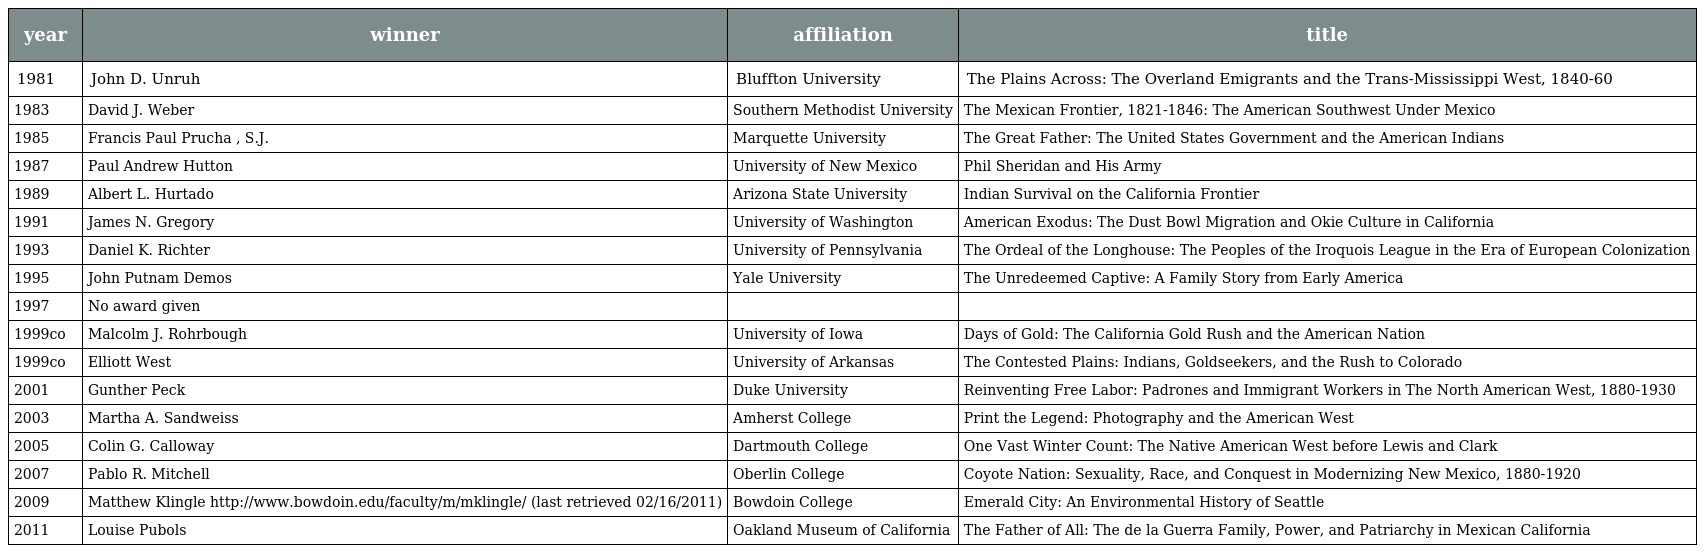
| year | winner | affiliation | title |
 | --- | --- | --- | --- |
 | 1981 | John D. Unruh | Bluffton University | The Plains Across: The Overland Emigrants and the Trans-Mississippi West, 1840-60 |
 | 1983 | David J. Weber | Southern Methodist University | The Mexican Frontier, 1821-1846: The American Southwest Under Mexico |
 | 1985 | Francis Paul Prucha , S.J. | Marquette University | The Great Father: The United States Government and the American Indians |
 | 1987 | Paul Andrew Hutton | University of New Mexico | Phil Sheridan and His Army |
 | 1989 | Albert L. Hurtado | Arizona State University | Indian Survival on the California Frontier |
 | 1991 | James N. Gregory | University of Washington | American Exodus: The Dust Bowl Migration and Okie Culture in California |
 | 1993 | Daniel K. Richter | University of Pennsylvania | The Ordeal of the Longhouse: The Peoples of the Iroquois League in the Era of European Colonization |
 | 1995 | John Putnam Demos | Yale University | The Unredeemed Captive: A Family Story from Early America |
 | 1997 | No award given |  |  |
 | 1999co | Malcolm J. Rohrbough | University of Iowa | Days of Gold: The California Gold Rush and the American Nation |
 | 1999co | Elliott West | University of Arkansas | The Contested Plains: Indians, Goldseekers, and the Rush to Colorado |
 | 2001 | Gunther Peck | Duke University | Reinventing Free Labor: Padrones and Immigrant Workers in The North American West, 1880-1930 |
 | 2003 | Martha A. Sandweiss | Amherst College | Print the Legend: Photography and the American West |
 | 2005 | Colin G. Calloway | Dartmouth College | One Vast Winter Count: The Native American West before Lewis and Clark |
 | 2007 | Pablo R. Mitchell | Oberlin College | Coyote Nation: Sexuality, Race, and Conquest in Modernizing New Mexico, 1880-1920 |
 | 2009 | Matthew Klingle http://www.bowdoin.edu/faculty/m/mklingle/ (last retrieved 02/16/2011) | Bowdoin College | Emerald City: An Environmental History of Seattle |
 | 2011 | Louise Pubols | Oakland Museum of California | The Father of All: The de la Guerra Family, Power, and Patriarchy in Mexican California |